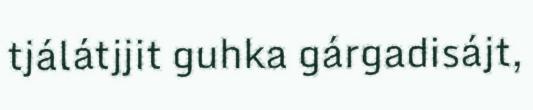
tjálátjjit guhka gárgadisájt,